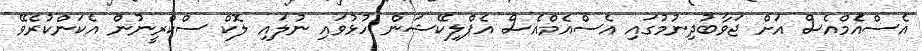
އެސްއެމްއެސް އަށް ޖަވާބުދިނުމުގައި އެސްއެމްއެސް އެޕްލިކޭޝަން ހުޅުވައި ނުލައި ލޮކް ސްކްރީނުން އެކަންކުރެވޭ